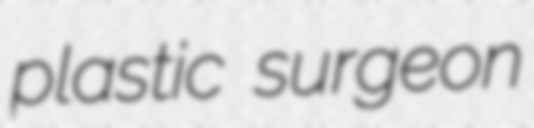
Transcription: plastic surgeon